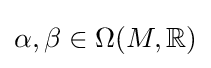
\alpha ,\beta \in \Omega (M,\mathbb {R} )